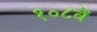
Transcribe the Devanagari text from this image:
१०८वें